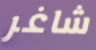
شاغر